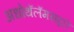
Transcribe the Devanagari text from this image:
अधोथॅलॅमसद्वारे